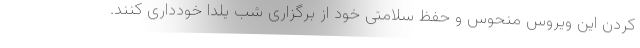
کردن این ویروس منحوس و حفظ سلامتی خود از برگزاری شب یلدا خودداری کنند.